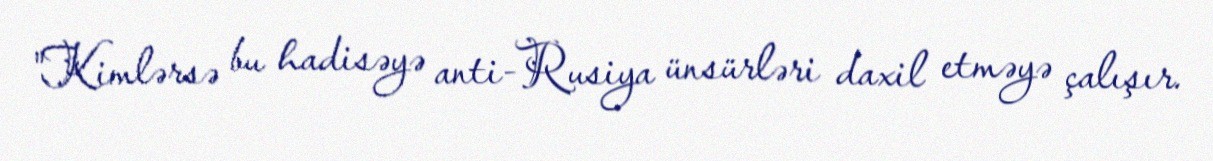
"Kimlərsə bu hadisəyə anti-Rusiya ünsürləri daxil etməyə çalışır.